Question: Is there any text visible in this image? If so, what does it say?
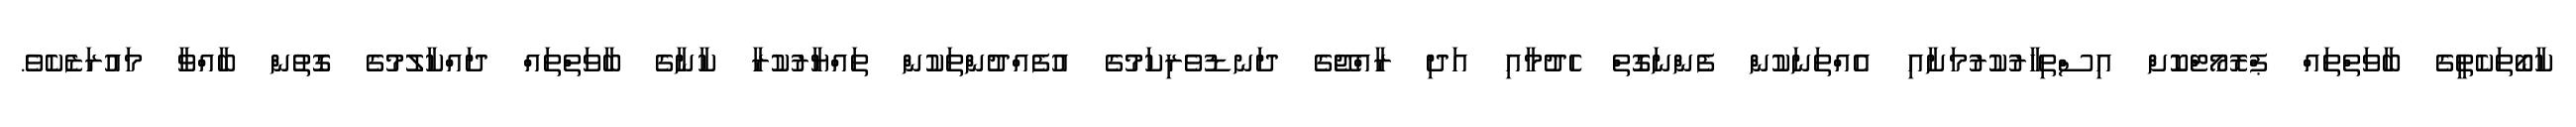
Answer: ކާބޯތަކެތީގެ ބާވަތްތައް ޕްރޮމޯޓްކޮށް އިސްތިހާރުކުރުމަށާއި އެއްތަނަކުން ފެންނަގޮތް ހެދުމާއި އަދި ރާއްޖޭގެ ދަނޑުވެރިކަމުގެ އުފެއްދުންތަކުން ތައްޔާރުކުރާ ކާނާގެ ބާވަތްތައް ދައްކާލުމުގެ ގޮތުން ބާއްވާ މައުރަޒެކެވެ.